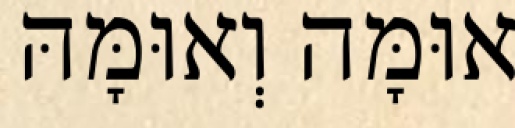
אוּמָּה וְאוּמָּהּ